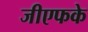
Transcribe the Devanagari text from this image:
जीएफके